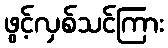
ဖွင့်လှစ်သင်ကြား